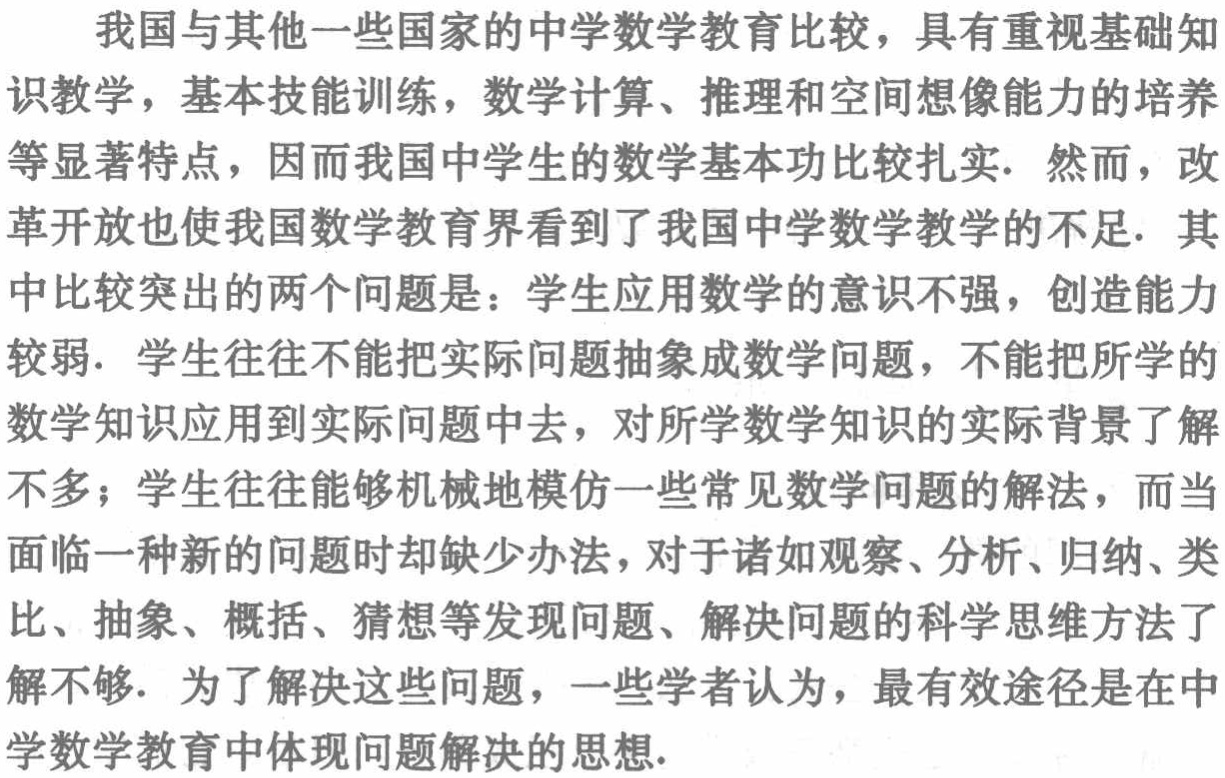
我国与其他一些国家的中学数学教育比较，具有重视基础知识教学，基本技能训练，数学计算、推理和空间想像能力的培养等显著特点，因而我国中学生的数学基本功比较扎实. 然而，改革开放也使我国数学教育界看到了我国中学数学教学的不足. 其中比较突出的两个问题是：学生应用数学的意识不强，创造能力较弱. 学生往往不能把实际问题抽象成数学问题，不能把所学的数学知识应用到实际问题中去，对所学数学知识的实际背景了解不多；学生往往能够机械地模仿一些常见数学问题的解法，而当面临一种新的问题时却缺少办法，对于诸如观察、分析、归纳、类比、抽象、概括、猜想等发现问题、解决问题的科学思维方法了解不够. 为了解决这些问题，一些学者认为，最有效途径是在中学数学教育中体现问题解决的思想.